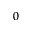
0